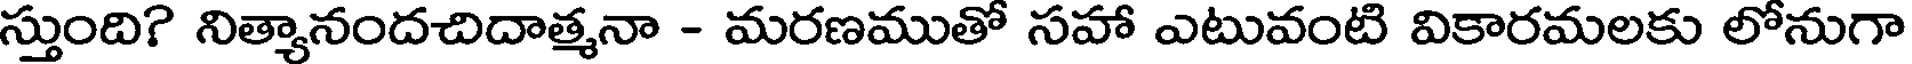
స్తుంది? నిత్యానందచిదాత్మనా - మరణముతో సహా ఎటువంటి వికారమలకు లోనుగా